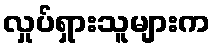
လှုပ်ရှားသူများက